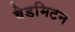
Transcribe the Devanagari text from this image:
बैडमिटन